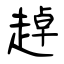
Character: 趠